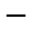
^ -